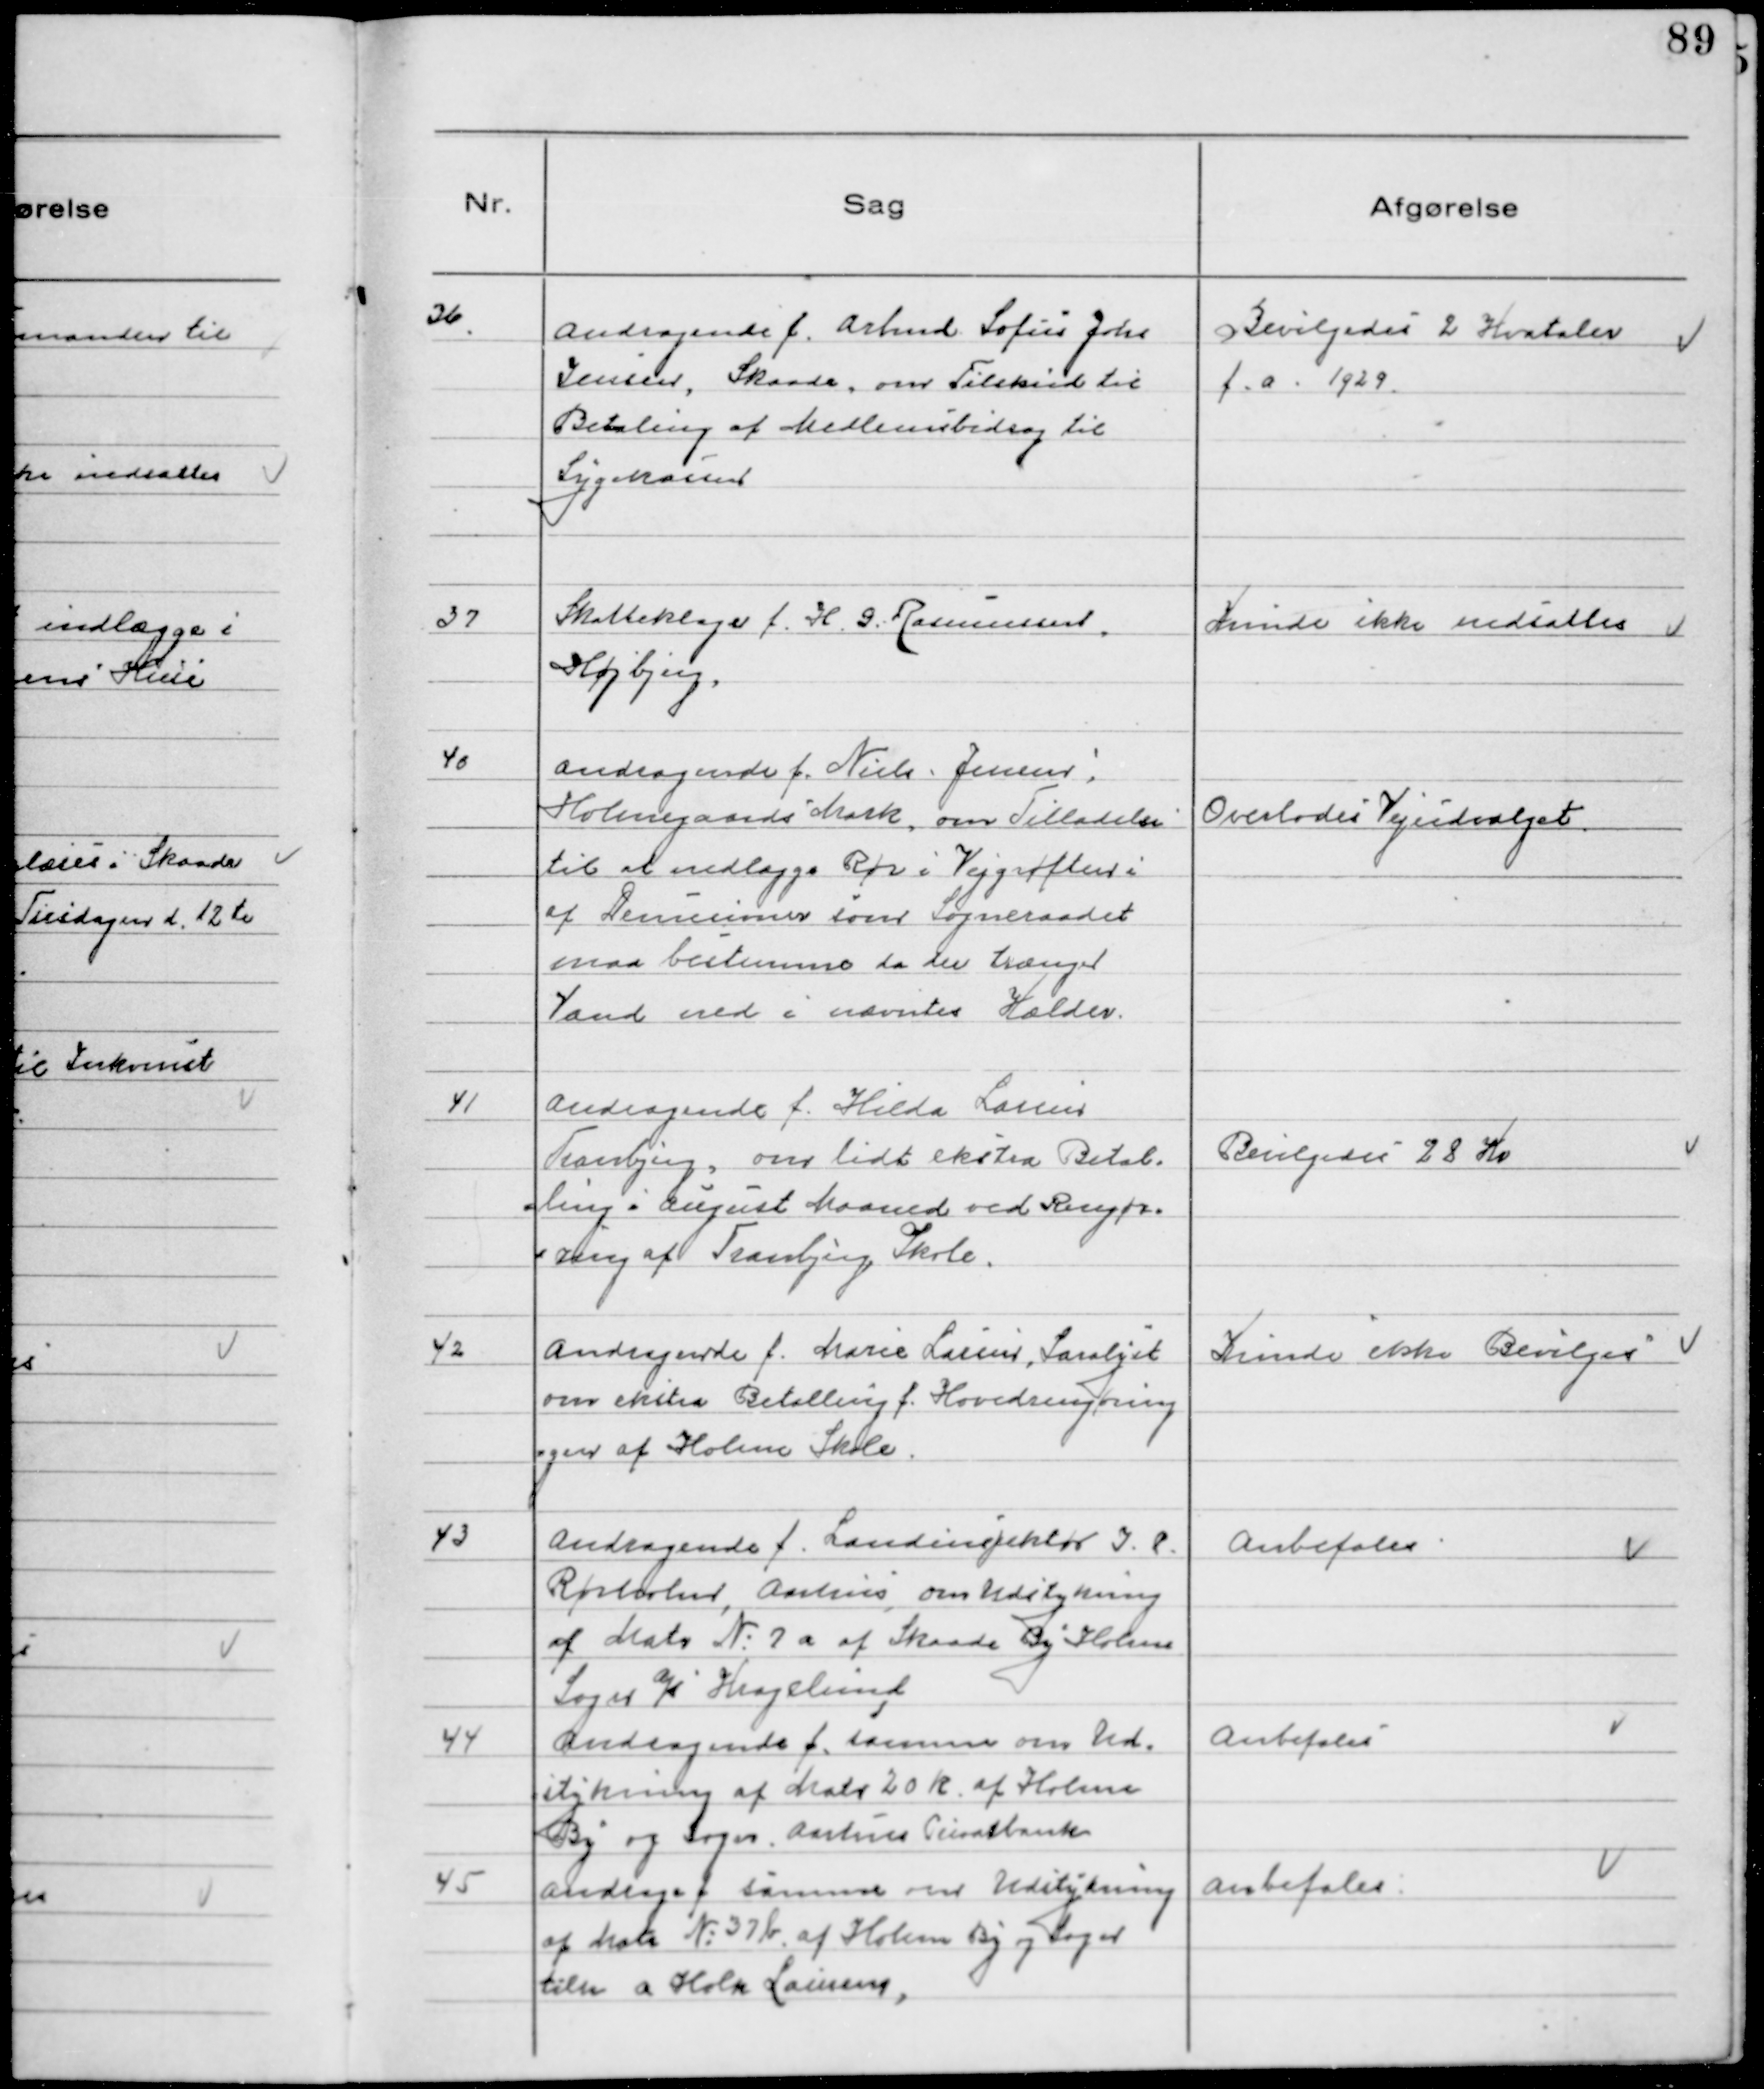
Transskription:
36. Andragende f. Arbmd Sofus Johs
Jensen, Skaade, om Tilskud til
Betaling af et Medlemsbidrag til
Sygekassen

Bevilgedes 2 Kvartaler
f.a. 1929.

37 Skatteklage f. H. G. Rasmussen,
Højbjerg.

Kunde ikke nedsættes

40 Andragende f. Niels Jensen
Holmegaards Mark, om Tilladelse
til at nedlægge Rør i Vejgrøften i
af Demisioner som Sogneraadet
maa bestemme da der trænger
Vand ned i nævntes Kælder.

Overlodes Vejudvalget.

41 Andragende f. Hilda Larsen
Tranbjerg, om lidt ekstra Betal-
ling i August Maaned ved Rengør-
ring af Tranbjerg Skole.

Bevilgedes 28 Kr

42 Andragende f. Marie Larsen, Saralyst
om ekstra Betalling f. Hovedrengøring
gen af Holme Skole.

Kunde ikke Bevilges

43 Andragende f. Landinspektør J. P.
Rørholm, Aarhus, om Udstykning
af Matr №7a af Skaade By Holme
Sogn a/s Kragelund

Anbefales

44 Andragende f. samme om Ud-
stykning af Matr 20 k af Holme
By og Sogn, Aarhus Privatbank

Anbefales

45 Andrage f. samme om Udstykning
af Matr №37b af Holme By og Sogn
tilm a Holm Laursen,

Anbefales.